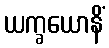
ယက္ခယောနိံ